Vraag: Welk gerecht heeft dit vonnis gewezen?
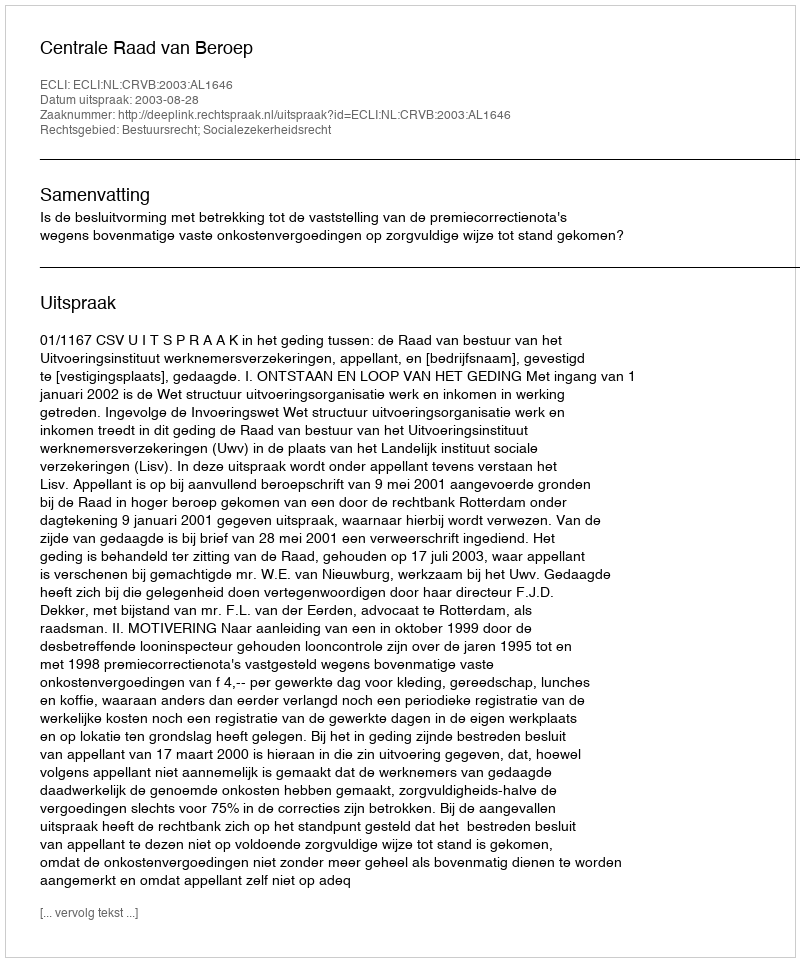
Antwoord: Centrale Raad van Beroep